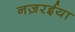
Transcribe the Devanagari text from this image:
नज़रईया